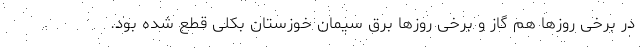
در برخی روزها هم گاز و برخی روزها برق سیمان خوزستان بکلی قطع شده بود.